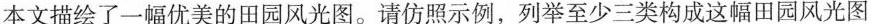
本文描绘了一幅优美的田园风光图。请仿照示例，列举至少三类构成这幅田园风光图